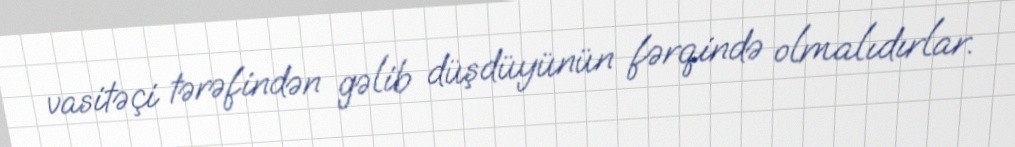
vasitəçi tərəfindən gəlib düşdüyünün fərqində olmalıdırlar.